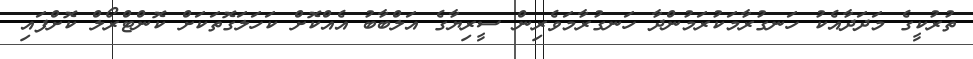
ތުރުކީގެ މަދަދާއެކު ހަނގުރާމަކުރަމުންދާ ހަނގުރާމަވެރިން ސީރިޔާގެ އަލްބާބު އެއްކޮށް ކަހަލަގޮތަކަށް ކޮންޓްރޯލް ކޮށްފައި